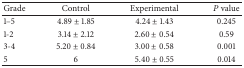
<table><thead><tr><td><b>Grade</b></td><td><b>Control</b></td><td><b>Experimental</b></td><td><b><i>P</i> value</b></td></tr></thead><tbody><tr><td>1–5</td><td>4.89 ± 1.85</td><td>4.24 ± 1.43</td><td>0.245</td></tr><tr><td>1-2</td><td>3.14 ± 2.12</td><td>2.60 ± 0.54</td><td>0.59</td></tr><tr><td>3-4</td><td>5.20 ± 0.84</td><td>3.00 ± 0.58</td><td>0.001</td></tr><tr><td>5</td><td>6</td><td>5.40 ± 0.55</td><td>0.014</td></tr></tbody></table>